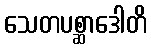
သေတပစ္ဆာဒေါတိ